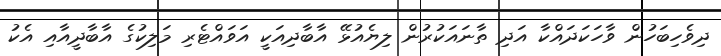
ދިވެހިބަހުން ވާހަކަދައްކާ އަދި ތާނައަކުރުން ލިޔެއުޅޭ އާބާދިއަކީ އަވައްޓެެރި މަލިކުގެ އާބާދީއާއި އެކު